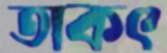
তাকৎ